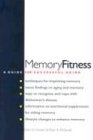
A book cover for Memory Fitness: A Guide for Successful Aging; Gilles O. Einstein; Health, Fitness & Dieting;